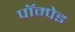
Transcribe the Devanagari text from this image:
पॉम्पेइ